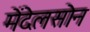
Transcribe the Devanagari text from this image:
मेंदेलसोन